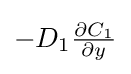
-D_{1}{\tfrac {\partial C_{1}}{\partial y}}